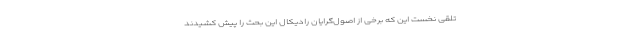
تلقی نخست این که برخی از اصول‌گرایان رادیکال این بحث را پیش کشیدند